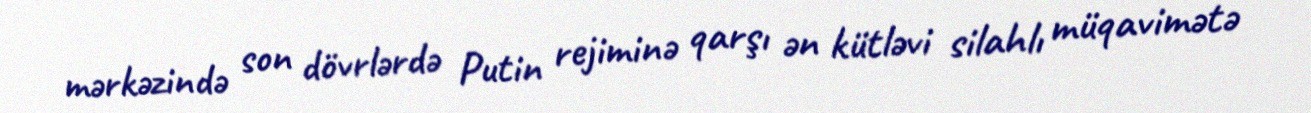
mərkəzində son dövrlərdə Putin rejiminə qarşı ən kütləvi silahlı müqavimətə